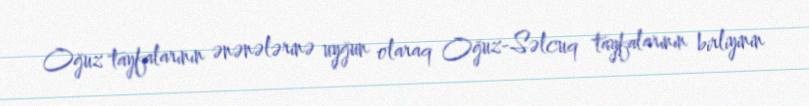
Oğuz tayfalarının ənənələrinə uyğun olaraq Oğuz-Səlcuq tayfalarının birliyinin